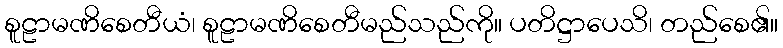
စူဠာမဏိစေတီယံ၊ စူဠာမဏိစေတီမည်သည်ကို။ ပတိဋ္ဌာပေသိ၊ တည်စေ၏။